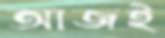
আজই